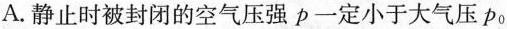
A.静止时被封闭的空气压强p一定小于大气压p_{0}